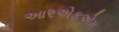
આરએફએમ